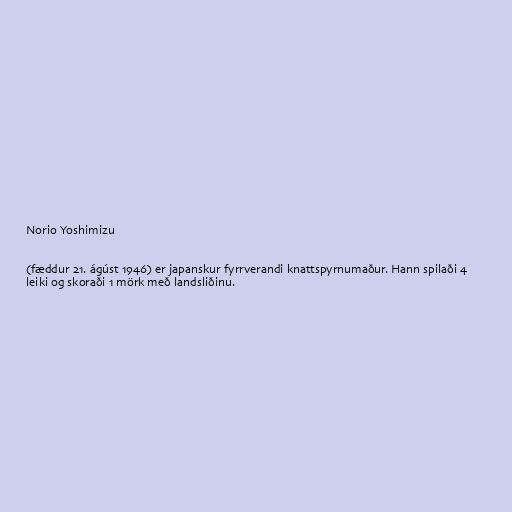
Norio Yoshimizu

(fæddur 21. ágúst 1946) er japanskur fyrrverandi knattspyrnumaður. Hann spilaði 4
leiki og skoraði 1 mörk með landsliðinu.